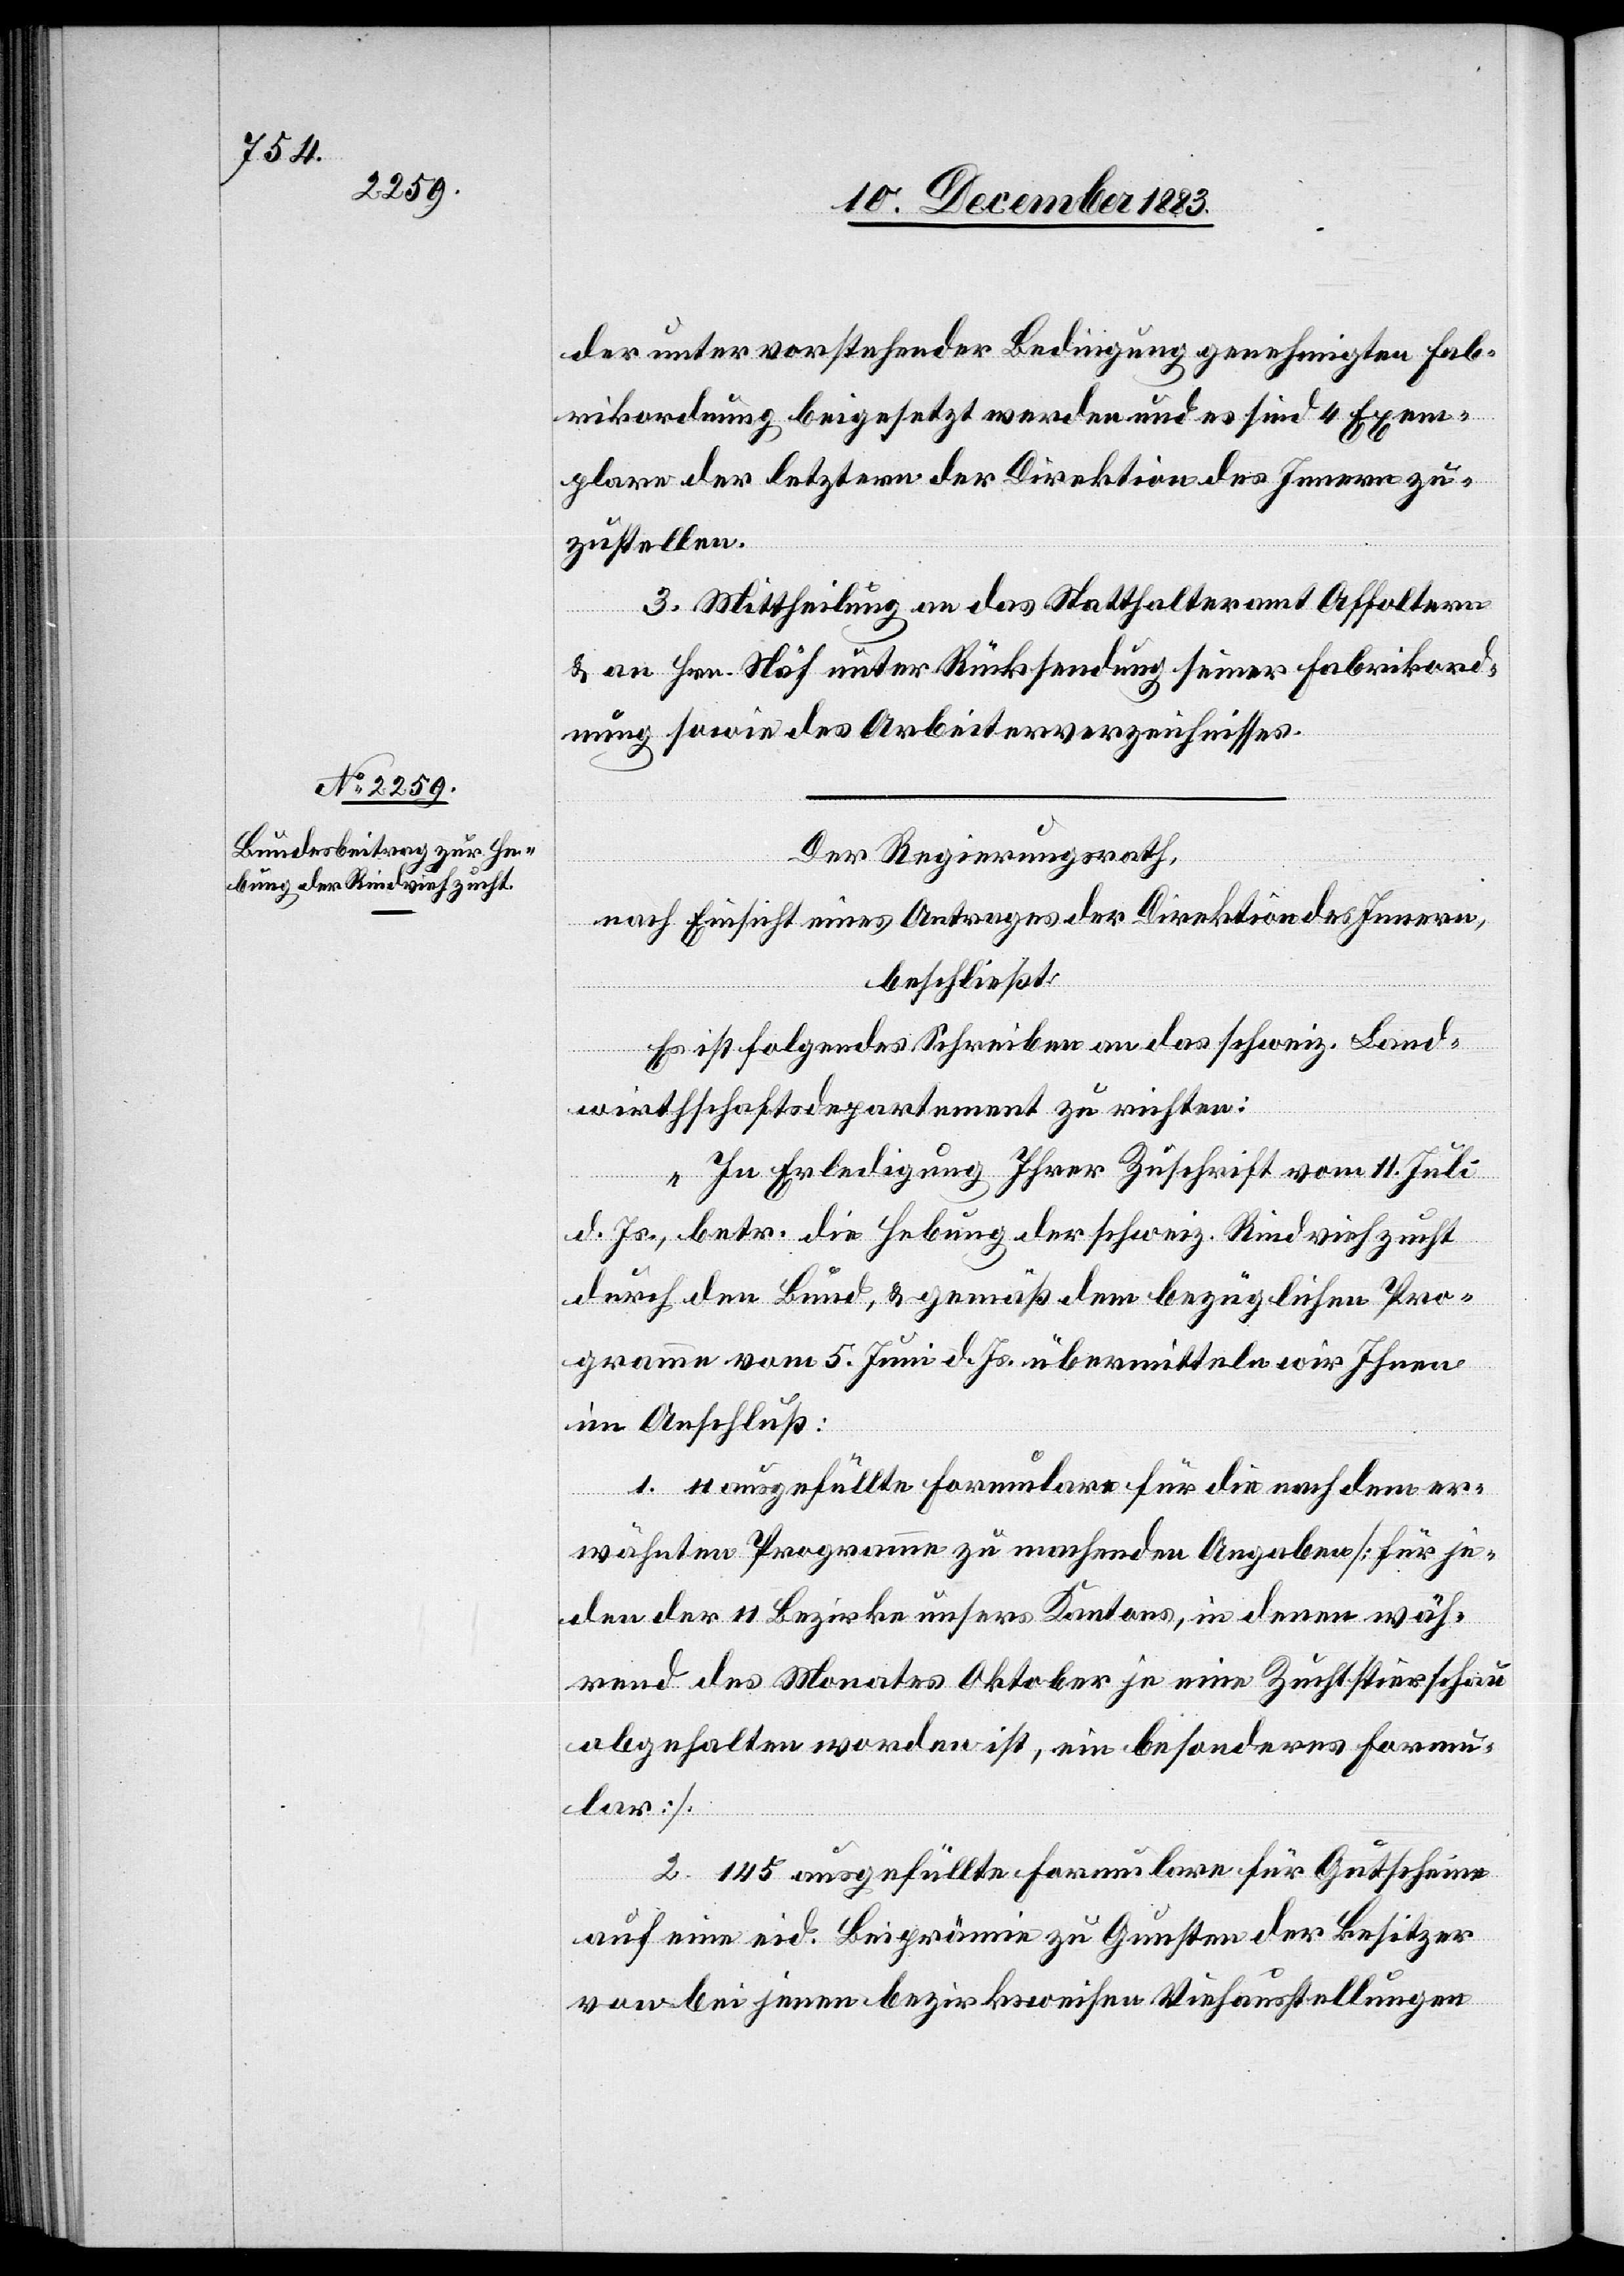
der unter vorstehender Bedingung genehmigten Fab¬
rikordnung, beigesetzt werden und es sind 4 Exem¬
plare der letztern der Direktion des Innern zu¬
zustellen.
3. Mittheilung an das Statthalteramt Affoltern
& an Hrn. Näf unter Rücksendung seiner Fabrikord¬
nung sowie des Arbeiterverzeichnisses.
Der Regierungsrath,
nach Einsicht eines Antrages der Direktion des Innern,
beschließt:
Es ist folgendes Schreiben an das schweiz. Land¬
wirthschaftsdepartement zu richten:
„In Erledigung Ihrer Zuschrift vom 11. Juli
d. Js. betr. die Hebung der schweiz. Rindviehzucht
durch den Bunde, & gemäß dem bezüglichen Pro¬
gramm vom 5. Juni d. Js. übermitteln wir Ihnen
im Anschluß:
1. 11 ausgefüllte Formulare für die nach dem er¬
wähnten Programme zu machenden Angaben [für je¬
den der 11 Bezirke unsers Kantons in denen wäh¬
rend des Monates Oktober je eine Zuchtstierschau
abgehalten worden ist ein besonderes Formu¬
lar].
2. 145 ausgefüllte Formulare für Gutscheine
auf eine eid. Beiprämie zu Gunsten der Besitzer
von bei jenen bezirksweisen Viehausstellungen